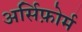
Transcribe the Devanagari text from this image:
अर्सिफ़ोर्म